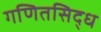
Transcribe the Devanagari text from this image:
गणितसिद्ध